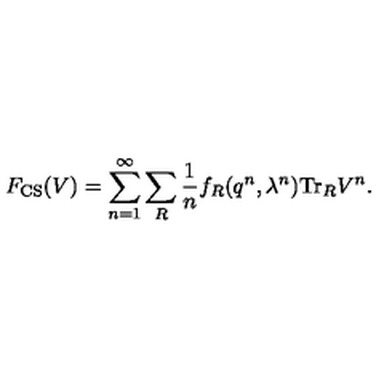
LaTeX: F _ { \mathrm { C S } } ( V ) = \sum _ { n = 1 } ^ { \infty } \sum _ { R } { \frac { 1 } { n } } f _ { R } ( q ^ { n } , \lambda ^ { n } ) \mathrm { T r } _ { R } V ^ { n } .